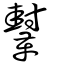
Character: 鞤